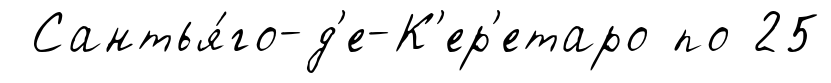
Сантья́го-д'е-К'ер'етаро по 25